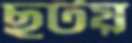
ছুটয়